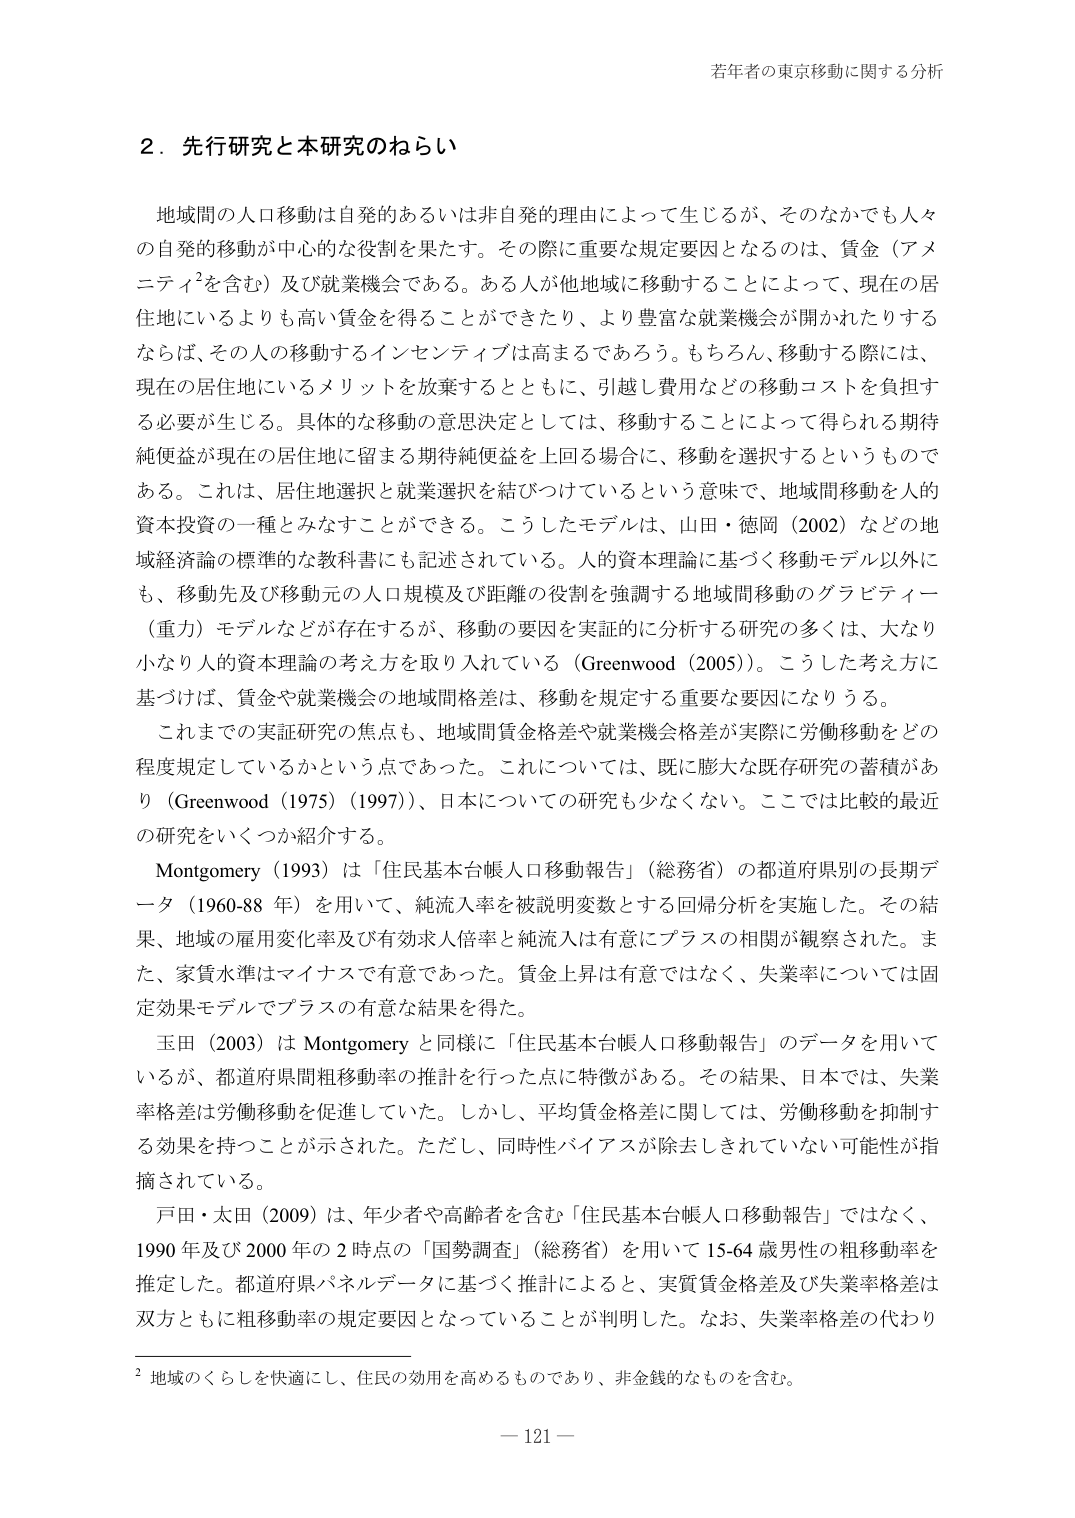
若年者の東京移動に関する分析

２．先行研究と本研究のねらい

地域間の人口移動は自発的あるいは非自発的理由によって生じるが、そのなかでも人々の自発的移動が中心的な役割を果たす。その際に重要な規定要因となるのは、賃金（アメニティ²を含む）及び就業機会である。ある人が他地域に移動することによって、現在の居住地にいるよりも高い賃金を得ることができたり、より豊富な就業機会が開かれたりするならば、その人の移動するインセンティブは高まるであろう。もちろん、移動する際には、現在の居住地にいるメリットを放棄するとともに、引越費用などの移動コストを負担する必要が生じる。具体的な移動の意思決定としては、移動することによって得られる期待純便益が現在の居住地に留まる期待純便益を上回る場合に、移動を選択するというものである。これは、居住地選択と就業選択を結びつけているという意味で、地域間移動を人的資本投資の一種とみなすことができる。こうしたモデルは、山田・徳岡（2002）などの地域経済論の標準的な教科書にも記述されている。人的資本理論に基づく移動モデル以外にも、移動先及び移動元の人口規模及び距離の役割を強調する地域間移動のグラビティー（重力）モデルなどが存在するが、移動の要因を実証的に分析する研究の多くは、大なり小なり人的資本理論の考え方を取り入れている（Greenwood（2005））。こうした考え方に基づけば、賃金や就業機会の地域間格差は、移動を規定する重要な要因になりうる。

これまでの実証研究の焦点も、地域間賃金格差や就業機会格差が実際に労働移動をどの程度規定しているかという点であった。これについては、既に膨大な既存研究の蓄積があり（Greenwood（1975）（1997））、日本についての研究も少なくない。ここでは比較的最近の研究をいくつか紹介する。

Montgomery（1993）は「住民基本台帳人口移動報告」（総務省）の都道府県別の長期データ（1960-88 年）を用いて、純流入率を被説明変数とする回帰分析を実施した。その結果、地域の雇用変化率及び有効求人倍率と純流入は有意にプラスの相関が観察された。また、家賃水準はマイナスで有意であった。賃金上昇は有意ではなく、失業率については固定効果モデルでプラスの有意な結果を得た。

玉田（2003）は Montgomery と同様に「住民基本台帳人口移動報告」のデータを用いているが、都道府県間粗移動率の推計を行った点に特徴がある。その結果、日本では、失業率格差は労働移動を促進していた。しかし、平均賃金格差に関しては、労働移動を抑制する効果を持つことが示された。ただし、同時性バイアスが除去されていない可能性が指摘されている。

戸田・太田（2009）は、年少者や高齢者を含む「住民基本台帳人口移動報告」ではなく、1990 年及び 2000 年の 2 時点の「国勢調査」（総務省）を用いて 15-64 歳男性の粗移動率を推定した。都道府県パネルデータに基づく推計によると、実質賃金格差及び失業率格差は双方ともに粗移動率の規定要因となっていることが判明した。なお、失業率格差の代わり

² 地域のくらしを快適にし、住民の効用を高めるものであり、非金銭的なものを含む。

— 121 —